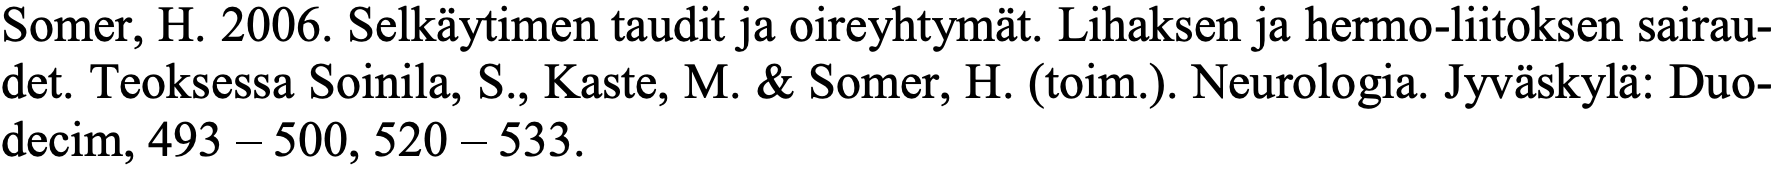
Somer, H. 2006. Selkäytimen taudit ja oireyhtymät. Lihaksen ja hermo-liitoksen sairau- det. Teoksessa Soinila, S., Kaste, M. & Somer, H. (toim.). Neurologia. Jyväskylä: Duo- decim, 493 – 500, 520 – 533.